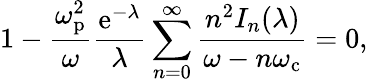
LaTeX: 1-\frac{\omega_{\mathrm{p}}^{2}}{\omega}\frac{\mathrm{e}^{-\lambda}}{\lambda}\sum_{n=0}^{\infty}\frac{n^{2}I_{n}(\lambda)}{\omega-n\omega_{\mathrm{c}}}=0,